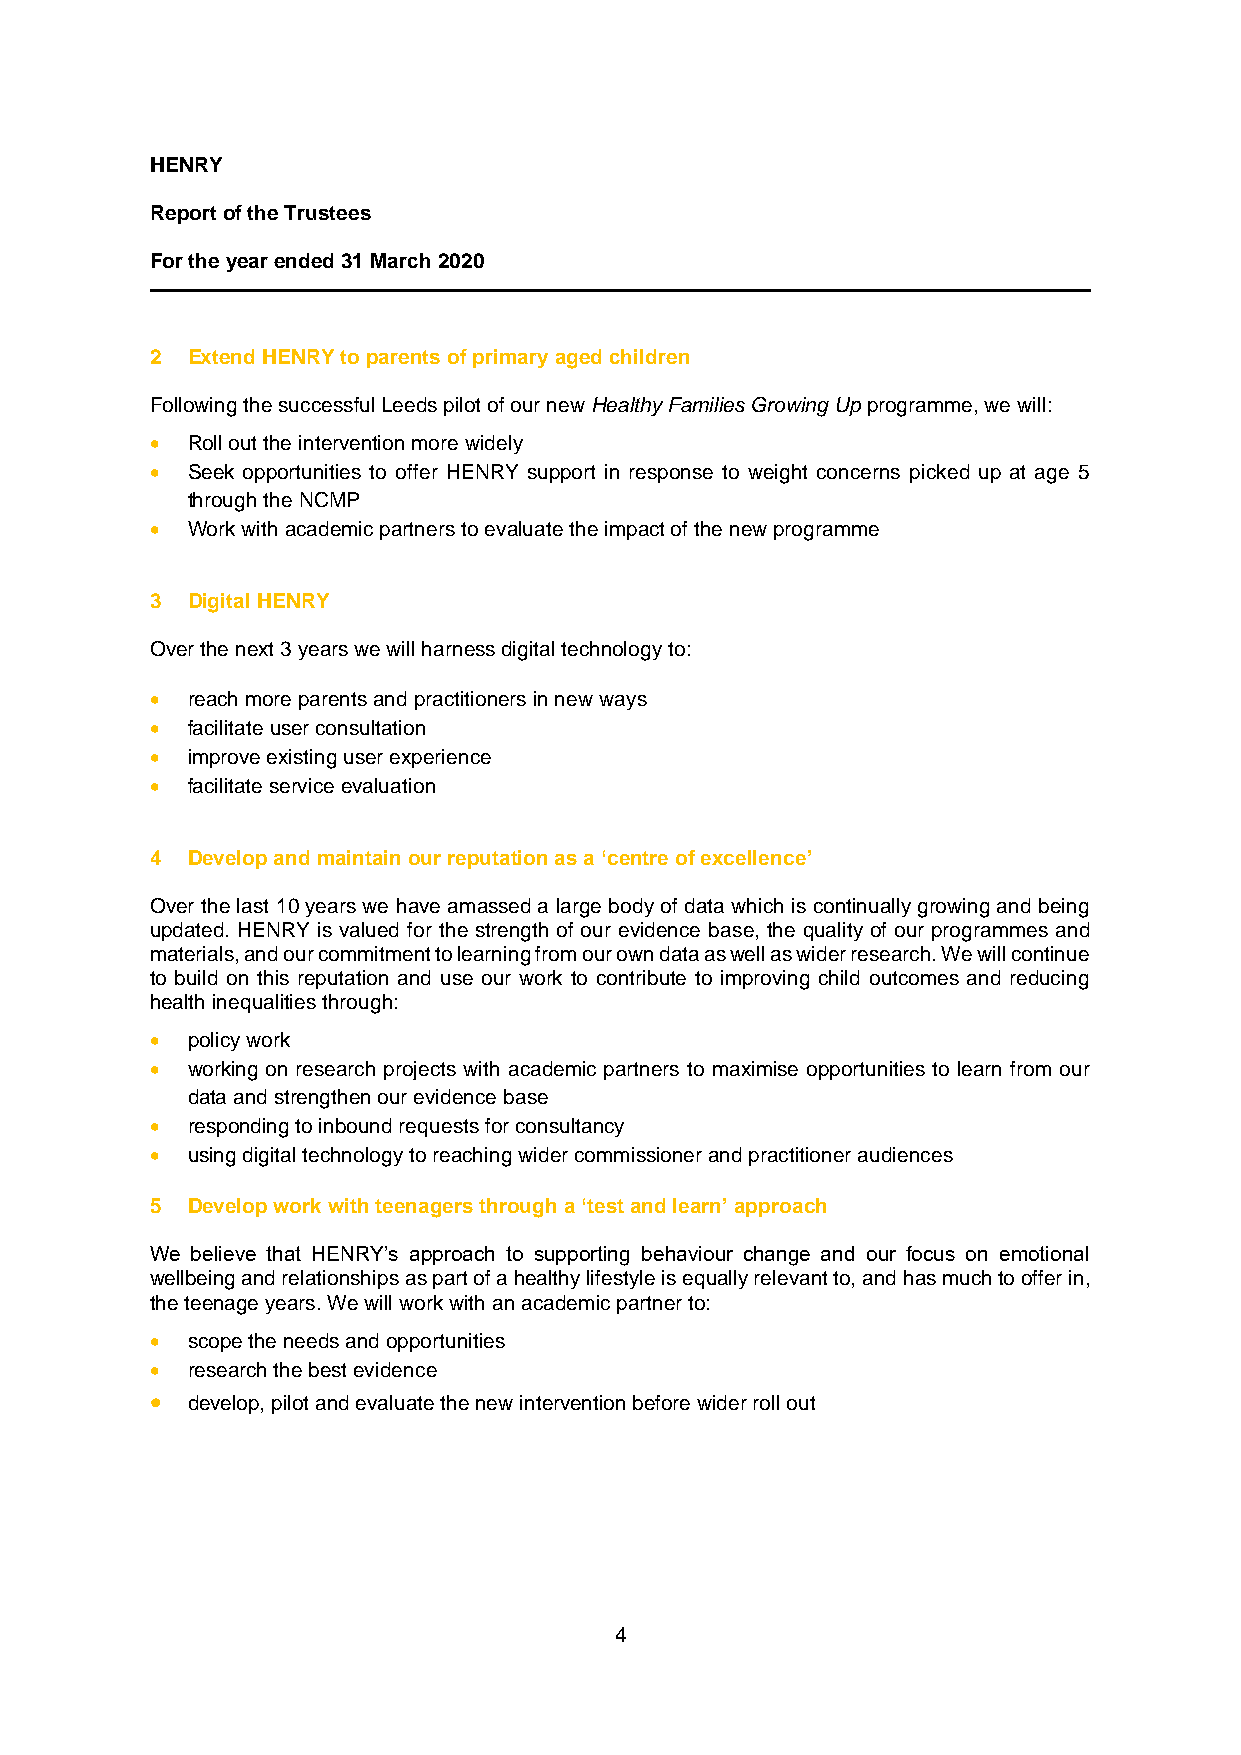
HENRY
 Report of the Trustees
 For the year ended 31 March 2020
 2 Extend HENRY to parents of primary aged children
 Following the successful Leeds pilot of our new Healthy Families Growing Up programme, we will:
 • Roll out the intervention more widely
 • Seek opportunities to offer HENRY support in response to weight concerns picked up at age 5
 through the NCMP
 • Work with academic partners to evaluate the impact of the new programme
 3 Digital HENRY
 Over the next 3 years we will harness digital technology to:
 • reach more parents and practitioners in new ways
 • facilitate user consultation
 • improve existing user experience
 • facilitate service evaluation
 4 Develop and maintain our reputation as a ‘centre of excellence’
 Over the last 10 years we have amassed a large body of data which is continually growing and being
 updated. HENRY is valued for the strength of our evidence base, the quality of our programmes and
 materials, and our commitment to learning from our own data as well as wider research. We will continue
 to build on this reputation and use our work to contribute to improving child outcomes and reducing
 health inequalities through:
 • policy work
 • working on research projects with academic partners to maximise opportunities to learn from our
 data and strengthen our evidence base
 • responding to inbound requests for consultancy
 • using digital technology to reaching wider commissioner and practitioner audiences
 5 Develop work with teenagers through a ‘test and learn’ approach
 We believe that HENRY’s approach to supporting behaviour change and our focus on emotional
 wellbeing and relationships as part of a healthy lifestyle is equally relevant to, and has much to offer in,
 the teenage years. We will work with an academic partner to:
 • scope the needs and opportunities
 • research the best evidence
 • develop, pilot and evaluate the new intervention before wider roll out
 4